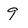
Character: 9